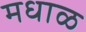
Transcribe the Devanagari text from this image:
मधाळ